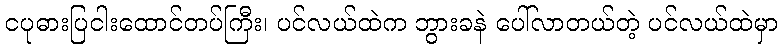
ငပုဓားပြငါးထောင်တပ်ကြီး၊ ပင်လယ်ထဲက ဘွားခနဲ ပေါ်လာတယ်တဲ့ ပင်လယ်ထဲမှာ